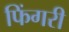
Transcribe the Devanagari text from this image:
फिंगरी